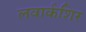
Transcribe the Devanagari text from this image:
लवार्कशिर